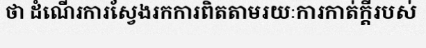
ថា ដំណើរការស្វែងរកការពិតតាមរយៈការកាត់ក្តីរបស់